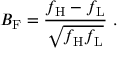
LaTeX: B _ { \mathrm { F } } = { \frac { f _ { \mathrm { H } } - f _ { \mathrm { L } } } { \sqrt { f _ { \mathrm { H } } f _ { \mathrm { L } } } } } \ .